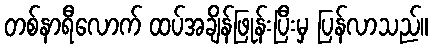
တစ်နာရီလောက် ထပ်အချိန်ဖြုန်းပြီးမှ ပြန်လာသည်။